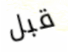
قبل